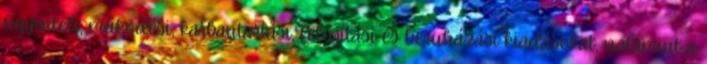
ügyviteli, működési, karbantartási, felújítási és beruházási kiadásokat, valamint a